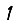
Digit: 1